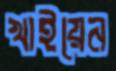
খাইয়েন